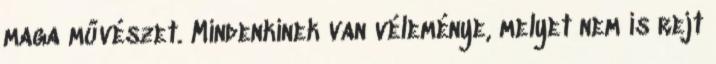
maga művészet. Mindenkinek van véleménye, melyet nem is rejt